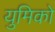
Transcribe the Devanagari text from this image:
युमिको